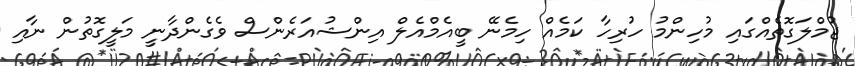
ޖުމްލަގޮތެއްގައި މުހިންމު ހުރިހާ ކަމެއް ހިމެނޭ ބީއެމްއެލް އިންޝުއަރެންސް ވެގެންދާނީ މަލީގޮތުން ނާއި